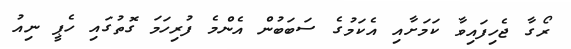
ރޯގާ ޖެހިފައިވާ ކަމަށާއި އެކަމުގެ ސަބަބުން އެންމެ ފުރިހަމަ ގޮތުގައި ހެޕީ ނިއު